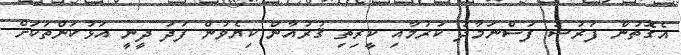
އެގޮތުން ފަރުޟު ފަސްނަމާދު ކުރުމާއި ކީރިތި ޤުރުއާން ކިޔެވުން ފަދަ ދީނީ އަޅުކަންތަކަށް